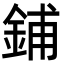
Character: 鋪